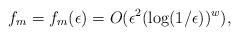
LaTeX: \begin{align*}f_m = f_m(\epsilon) = O(\epsilon^2(\log(1/\epsilon))^w),\end{align*}